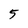
Character: 5